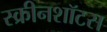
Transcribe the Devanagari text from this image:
स्क्रीनशॉटस